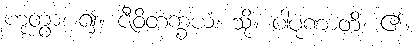
ဟုတွာ၊ ၍။ ဇီဝိတက္ခယံ၊ သို့။ ပါပုဏာတိ၊ ၏။